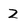
Character: 2